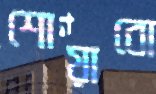
শোয়াবো